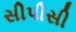
સીપીસી